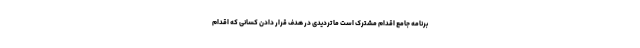
برنامه جامع اقدام مشترک است ما تردیدی در هدف قرار دادن کسانی که اقدام